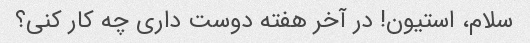
سلام، استیون! در آخر هفته دوست داری چه کار کنی؟